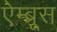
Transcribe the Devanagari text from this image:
ऐम्ब्रूस